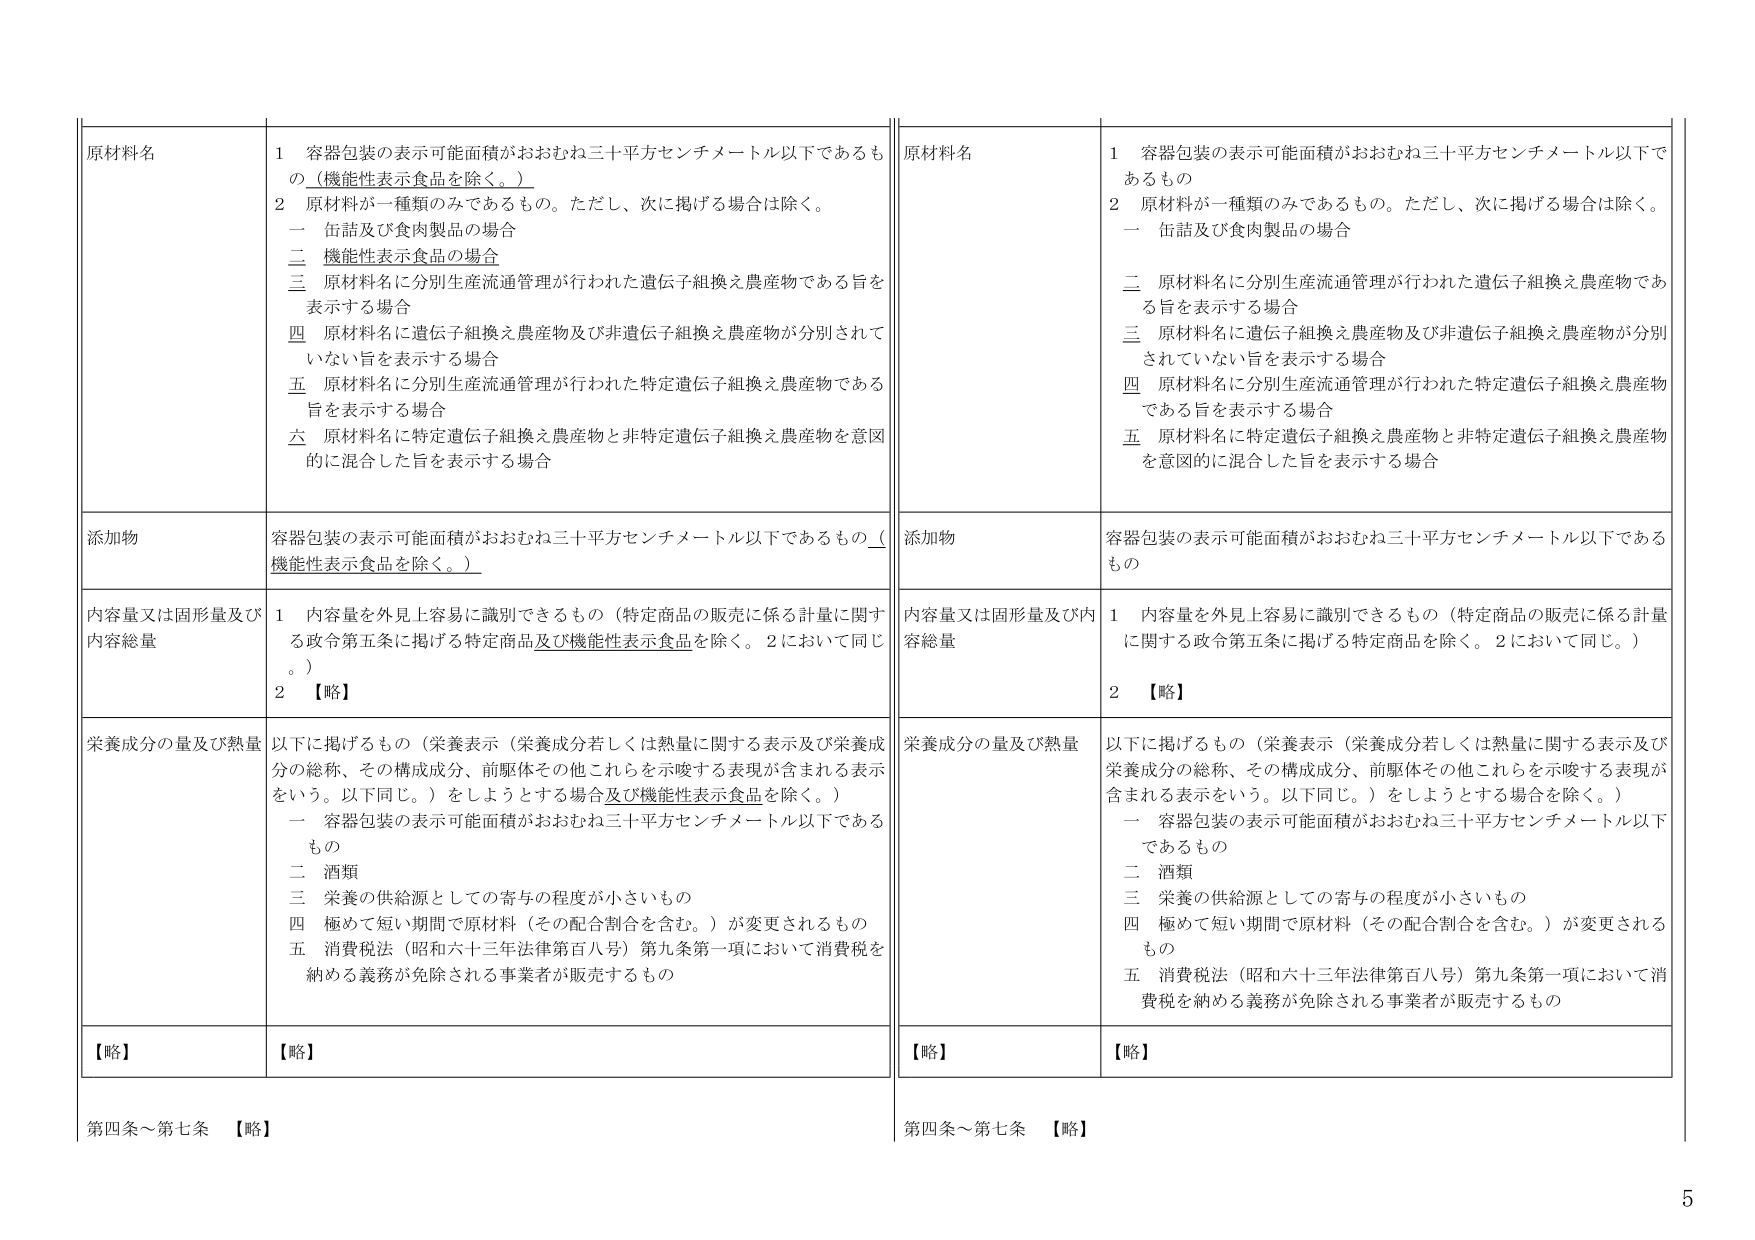
原材料名
1 容器包装の表示可能面積がおおむね三十平方センチメートル以下であるもの（機能性表示食品を除く。）
2 原材料が一種類のみであるもの。ただし、次に掲げる場合は除く。
　一 缶詰及び食肉製品の場合
　二 機能性表示食品の場合
　三 原材料名に分別生産流通管理が行われた遺伝子組換え農産物である旨を表示する場合
　四 原材料名に遺伝子組換え農産物及び非遺伝子組換え農産物が分別されていない旨を表示する場合
　五 原材料名に分別生産流通管理が行われた特定遺伝子組換え農産物である旨を表示する場合
　六 原材料名に特定遺伝子組換え農産物と非特定遺伝子組換え農産物を意図的に混合した旨を表示する場合

添加物
容器包装の表示可能面積がおおむね三十平方センチメートル以下であるもの（機能性表示食品を除く。）

内容量又は固形量及び内容総量
1 内容量を外見上容易に識別できるもの（特定商品の販売に係る計量に関する政令第五条に掲げる特定商品及び機能性表示食品を除く。2において同じ。）
2 【略】

栄養成分の量及び熱量
以下に掲げるもの（栄養表示（栄養成分若しくは熱量に関する表示及び栄養成分の総称、その構成成分、前駆体その他これらを示唆する表現が含まれる表示をいう。以下同じ。）をしようとする場合及び機能性表示食品を除く。）
　一 容器包装の表示可能面積がおおむね三十平方センチメートル以下であるもの
　二 酒類
　三 栄養の供給源としての寄与の程度が小さいもの
　四 極めて短い期間で原材料（その配合割合を含む。）が変更されるもの
　五 消費税法（昭和六十三年法律第百八号）第九条第一項において消費税を納める義務が免除される事業者が販売するもの

【略】
【略】

第四条～第七条 【略】

原材料名
1 容器包装の表示可能面積がおおむね三十平方センチメートル以下であるもの
2 原材料が一種類のみであるもの。ただし、次に掲げる場合は除く。
　一 缶詰及び食肉製品の場合
　二 原材料名に分別生産流通管理が行われた遺伝子組換え農産物である旨を表示する場合
　三 原材料名に遺伝子組換え農産物及び非遺伝子組換え農産物が分別されていない旨を表示する場合
　四 原材料名に分別生産流通管理が行われた特定遺伝子組換え農産物である旨を表示する場合
　五 原材料名に特定遺伝子組換え農産物と非特定遺伝子組換え農産物を意図的に混合した旨を表示する場合

添加物
容器包装の表示可能面積がおおむね三十平方センチメートル以下であるもの

内容量又は固形量及び内容総量
1 内容量を外見上容易に識別できるもの（特定商品の販売に係る計量に関する政令第五条に掲げる特定商品を除く。2において同じ。）
2 【略】

栄養成分の量及び熱量
以下に掲げるもの（栄養表示（栄養成分若しくは熱量に関する表示及び栄養成分の総称、その構成成分、前駆体その他これらを示唆する表現が含まれる表示をいう。以下同じ。）をしようとする場合を除く。）
　一 容器包装の表示可能面積がおおむね三十平方センチメートル以下であるもの
　二 酒類
　三 栄養の供給源としての寄与の程度が小さいもの
　四 極めて短い期間で原材料（その配合割合を含む。）が変更されるもの
　五 消費税法（昭和六十三年法律第百八号）第九条第一項において消費税を納める義務が免除される事業者が販売するもの

【略】
【略】

第四条～第七条 【略】

5